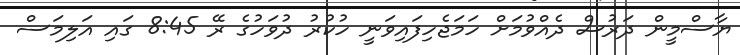
ޔާސްމީން ދަރުސް ދެއްވުމަށް ހަމަޖެހިފައިވަނީ ހުކުރު ދުވަހުގެ ރޭ 8:45 ގައި އަލިމަސް